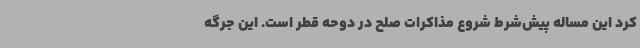
کرد این مساله پیش‌شرط شروع مذاکرات صلح در دوحه قطر است. این جرگه